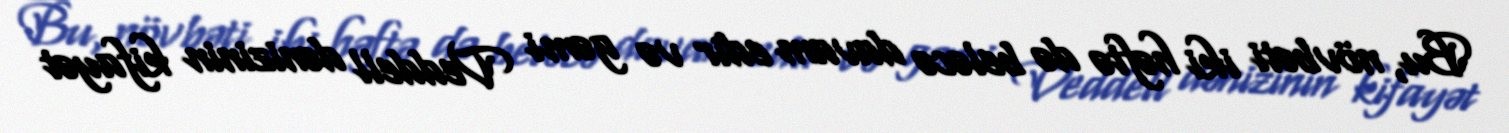
Bu, növbəti iki həftə də beləcə davam edir və gəmi Veddell dənizinin kifayət